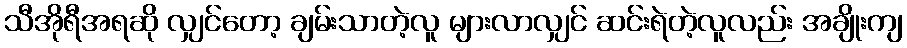
သီအိုရီအရဆို လျှင်တော့ ချမ်းသာတဲ့လူ များလာလျှင် ဆင်းရဲတဲ့လူလည်း အချိုးကျ